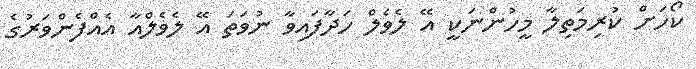
ކޯހަށް ކުރިމަތިލާ މީހުންނަކީ އޭ ލެވެލް ހަދާފައިވާ ނުވަތަ އޭ ލެވެލްއާ އެއްފެންވަރުގެ